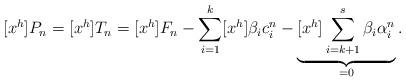
LaTeX: \begin{align*} [x^h]P_n = [x^h]T_n = [x^h]F_n - \sum_{i=1}^k [x^h]\beta_i c_i^n - \underbrace{[x^h] \sum_{i=k+1}^s \beta_i \alpha_i^n}_{=0}. \end{align*}